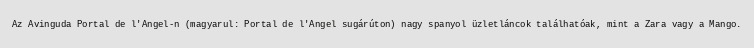
Az Avinguda Portal de l'Angel-n (magyarul: Portal de l'Angel sugárúton) nagy spanyol üzletláncok találhatóak, mint a Zara vagy a Mango.